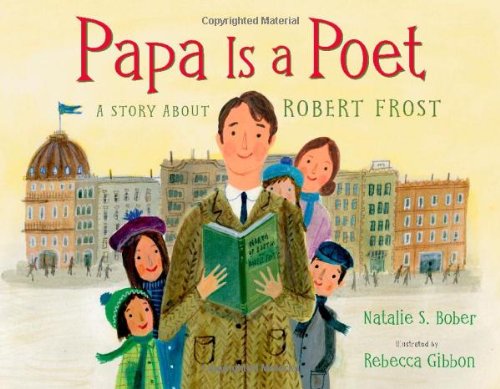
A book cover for Papa Is a Poet: A Story About Robert Frost; Natalie S. Bober; Children's Books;